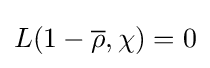
L(1-{\overline {\rho }},\chi )=0